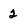
Character: 2